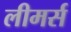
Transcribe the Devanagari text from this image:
लीमर्स